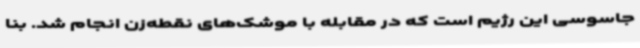
جاسوسی این رژیم است که در مقابله با موشک‌های نقطه‌زن انجام شد. بنا